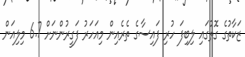
ޒަކާތުގެ ގޮތުގައި ލިބިފަ ހުރި ފައިސާގެ ތެރެއިން މިއަހަރު ފަގީރުންނަށް 6.7 މިލިއަން